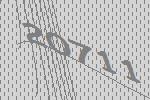
20711